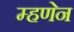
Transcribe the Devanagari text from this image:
म्हणेन